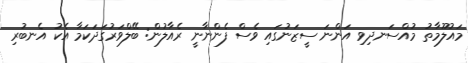
މައުލޫމާތު މުއްސަނދިވި އަންނަ ސީޒަނުގައި ވެސް ފެންނާނީ ރެއާލުން: ބޭލްވަރުގަދަކަމާ އެކު އެނބުރި